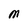
Character: M